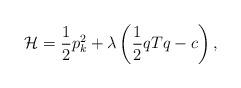
LaTeX: \begin{align*}{\cal {H}}=\frac 12p_k^2 +\lambda \left(\frac 12 qTq-c\right) ,\end{align*}